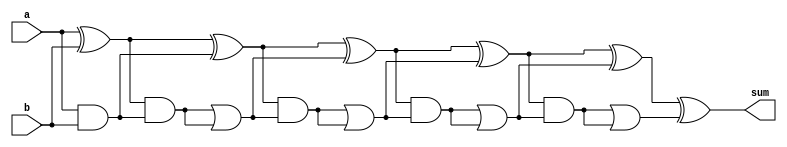
module brent_kung_adder(
    input [15:0] a,
    input [15:0] b,
    output [15:0] sum
);

wire [15:0] p [4:0];
wire [15:0] g [4:0];
wire [15:0] c [5:0];

assign p[0] = a ^ b;
assign g[0] = a & b;
assign c[0] = a & b;

genvar i;
generate
    for (i = 1; i < 5; i = i + 1) begin : gen_loop
        assign p[i] = p[i-1] ^ c[i-1];
        assign g[i] = p[i-1] & c[i-1];
        assign c[i] = g[i] | (p[i-1] & c[i-1]);
    end
endgenerate

assign sum = p[4] ^ c[4];

endmodule